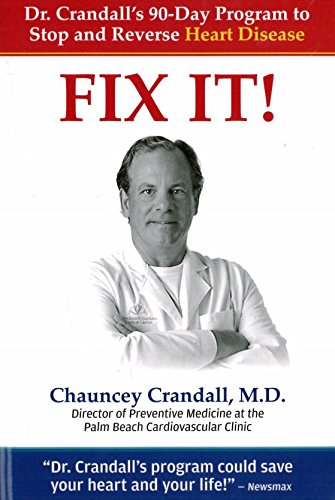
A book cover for Fix It! Dr. Crandall's 90-Day Program to Stop and Reverse Heart Disease; Chauncey Crandall; Health, Fitness & Dieting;